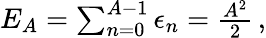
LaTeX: \begin{array}{r}{E_{A}=\sum_{n=0}^{A-1}\epsilon_{n}=\frac{A^{2}}{2}\, ,}\end{array}